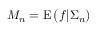
M _ { n } = \operatorname { E } { \bigl ( } f | \Sigma _ { n } { \bigr ) }